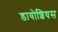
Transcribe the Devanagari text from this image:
डायोशियस